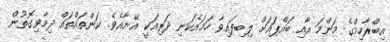
އިބްރާހިމްގެ މަންމަ އާއި ބައްޕައަށް ލިބިފައިވާ ހަމައެކަނި ދަރިއަކީ އޭނާއެވެ. ކަންތައްތައް ދިމާވިގޮތުން